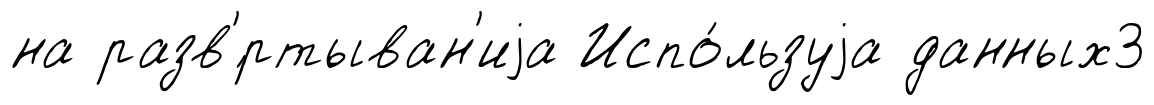
на разв'́ртыван'иjа Испо́льзуjа данных3